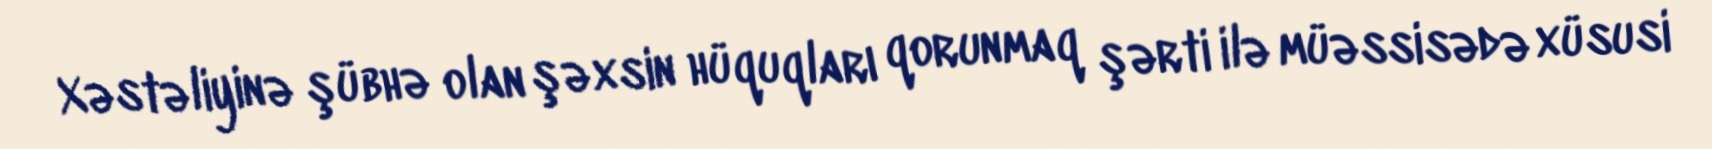
Xəstəliyinə şübhə olan şəxsin hüquqları qorunmaq şərti ilə müəssisədə xüsusi